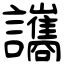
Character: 讗